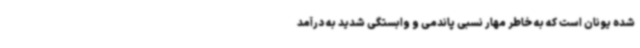
شده یونان است که به خاطر مهار نسبی پاندمی و وابستگی شدید به درآمد